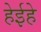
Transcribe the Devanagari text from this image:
हेईहे